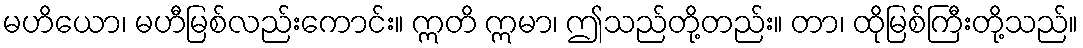
မဟိယော၊ မဟီမြစ်လည်းကောင်း။ ဣတိ ဣမာ၊ ဤသည်တို့တည်း။ တာ၊ ထိုမြစ်ကြီးတို့သည်။